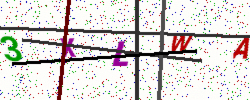
Text: 3XLWA